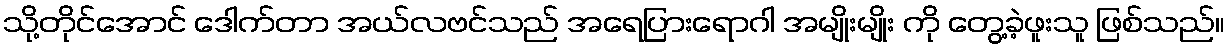
သို့တိုင်အောင် ဒေါက်တာ အယ်လဗင်သည် အရေပြားရောဂါ အမျိုးမျိုး ကို တွေ့ခဲ့ဖူးသူ ဖြစ်သည်။